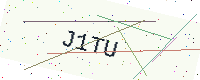
Text: J1TU